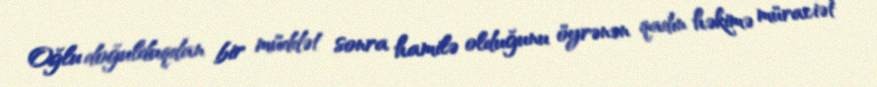
Oğlu doğulduqdan bir müddət sonra hamilə olduğunu öyrənən qadın həkimə müraciət